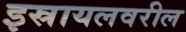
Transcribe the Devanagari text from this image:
इस्रायलवरील